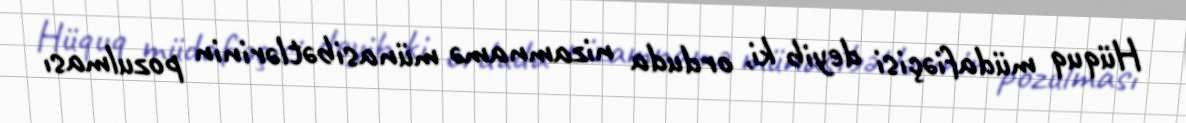
Hüquq müdafiəçisi deyib ki, orduda nizamnamə münasibətlərinin pozulması